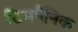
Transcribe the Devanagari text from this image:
टिमपैनिक